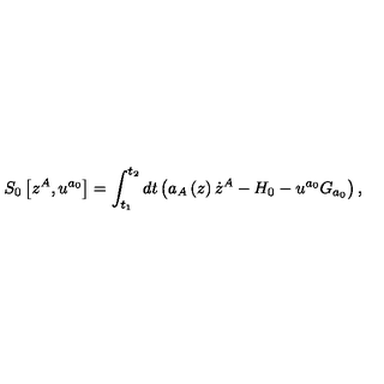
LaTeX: S _ { 0 } \left[ z ^ { A } , u ^ { a _ { 0 } } \right] = \int _ { t _ { 1 } } ^ { t _ { 2 } } d t \left( a _ { A } \left( z \right) \dot { z } ^ { A } - H _ { 0 } - u ^ { a _ { 0 } } G _ { a _ { 0 } } \right) ,